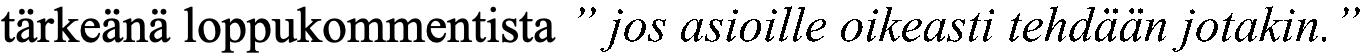
tärkeänä loppukommentista ” jos asioille oikeasti tehdään jotakin.”